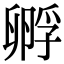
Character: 孵